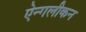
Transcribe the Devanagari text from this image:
ऐन्गलीकन